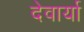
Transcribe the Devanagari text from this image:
देवार्या